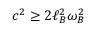
c ^ { 2 } \geq 2 \ell _ { B } ^ { 2 } \omega _ { B } ^ { 2 }